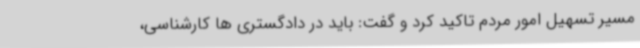
مسیر تسهیل امور مردم تاکید کرد و گفت: باید در دادگستری ها کارشناسی،